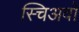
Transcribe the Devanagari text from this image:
स्चिअवो